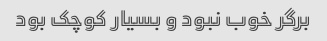
برگر خوب نبود و بسیار کوچک بود